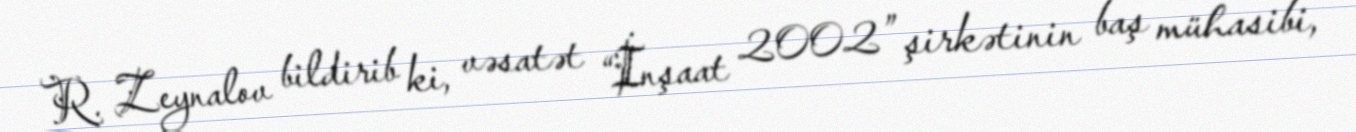
R. Zeynalov bildirib ki, vəsatət “İnşaat 2002” şirkətinin baş mühasibi,